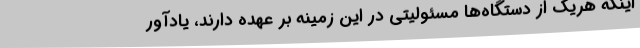
اینکه هریک از دستگاه‌ها مسئولیتی در این زمینه بر عهده دارند، یادآور